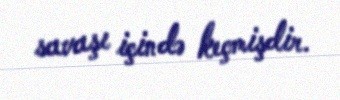
savaşı içində keçmişdir.